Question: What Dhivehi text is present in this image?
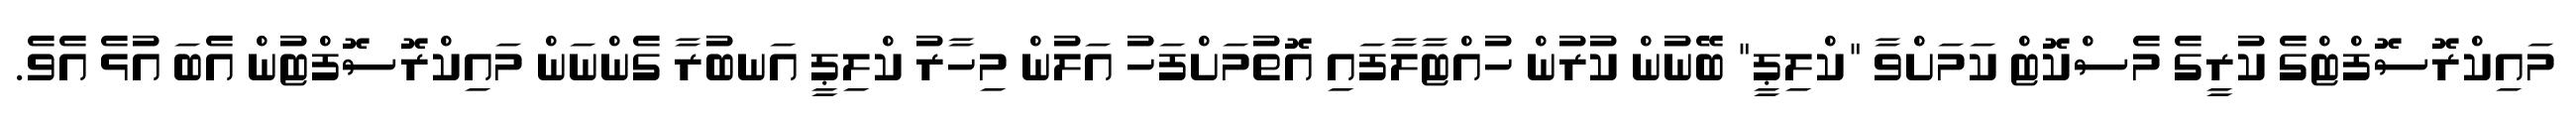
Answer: މައިކްރޮސޮފްޓްގެ ކުރީގެ މެސްކޮޓް ކަމަށްވާ "ކްލިޕީ" ބޭނުން ކުރުން ހުއްޓާލާފައި އޮތުމަށްފަހު އަލުން މިހާރު ކްލިޕީ އަނބުރާ ގެންނަން މައިކްރޮސޮފްޓުން އެބަ އުޅެ އެވެ.